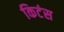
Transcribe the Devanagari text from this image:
किटंस